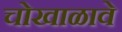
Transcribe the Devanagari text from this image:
चोखाळावे